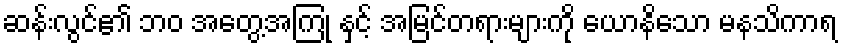
ဆန်းလွင်၏ ဘဝ အတွေ့အကြုံ နှင့် အမြင်တရားများကို ယောနိသော မနသိကာရ